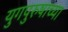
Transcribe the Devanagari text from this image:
युगपुरुषाच्या